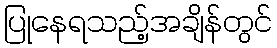
ပြုနေရသည့်အချိန်တွင်